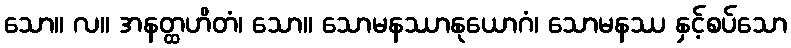
သော။ လ။ အနတ္ထဟိတံ၊ သော။ သောမနဿာနုယောဂံ၊ သောမနဿ နှင့်စပ်သော